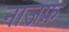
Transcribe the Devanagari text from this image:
नाजफ़